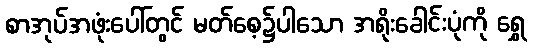
စာအုပ်အဖုံးပေါ်တွင် မတ်စေ့၌ပါသော အရိုးခေါင်းပုံကို ရွှေ